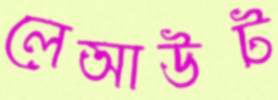
লেআউট